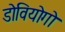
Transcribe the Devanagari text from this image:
डोवियोगो